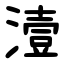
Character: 潱